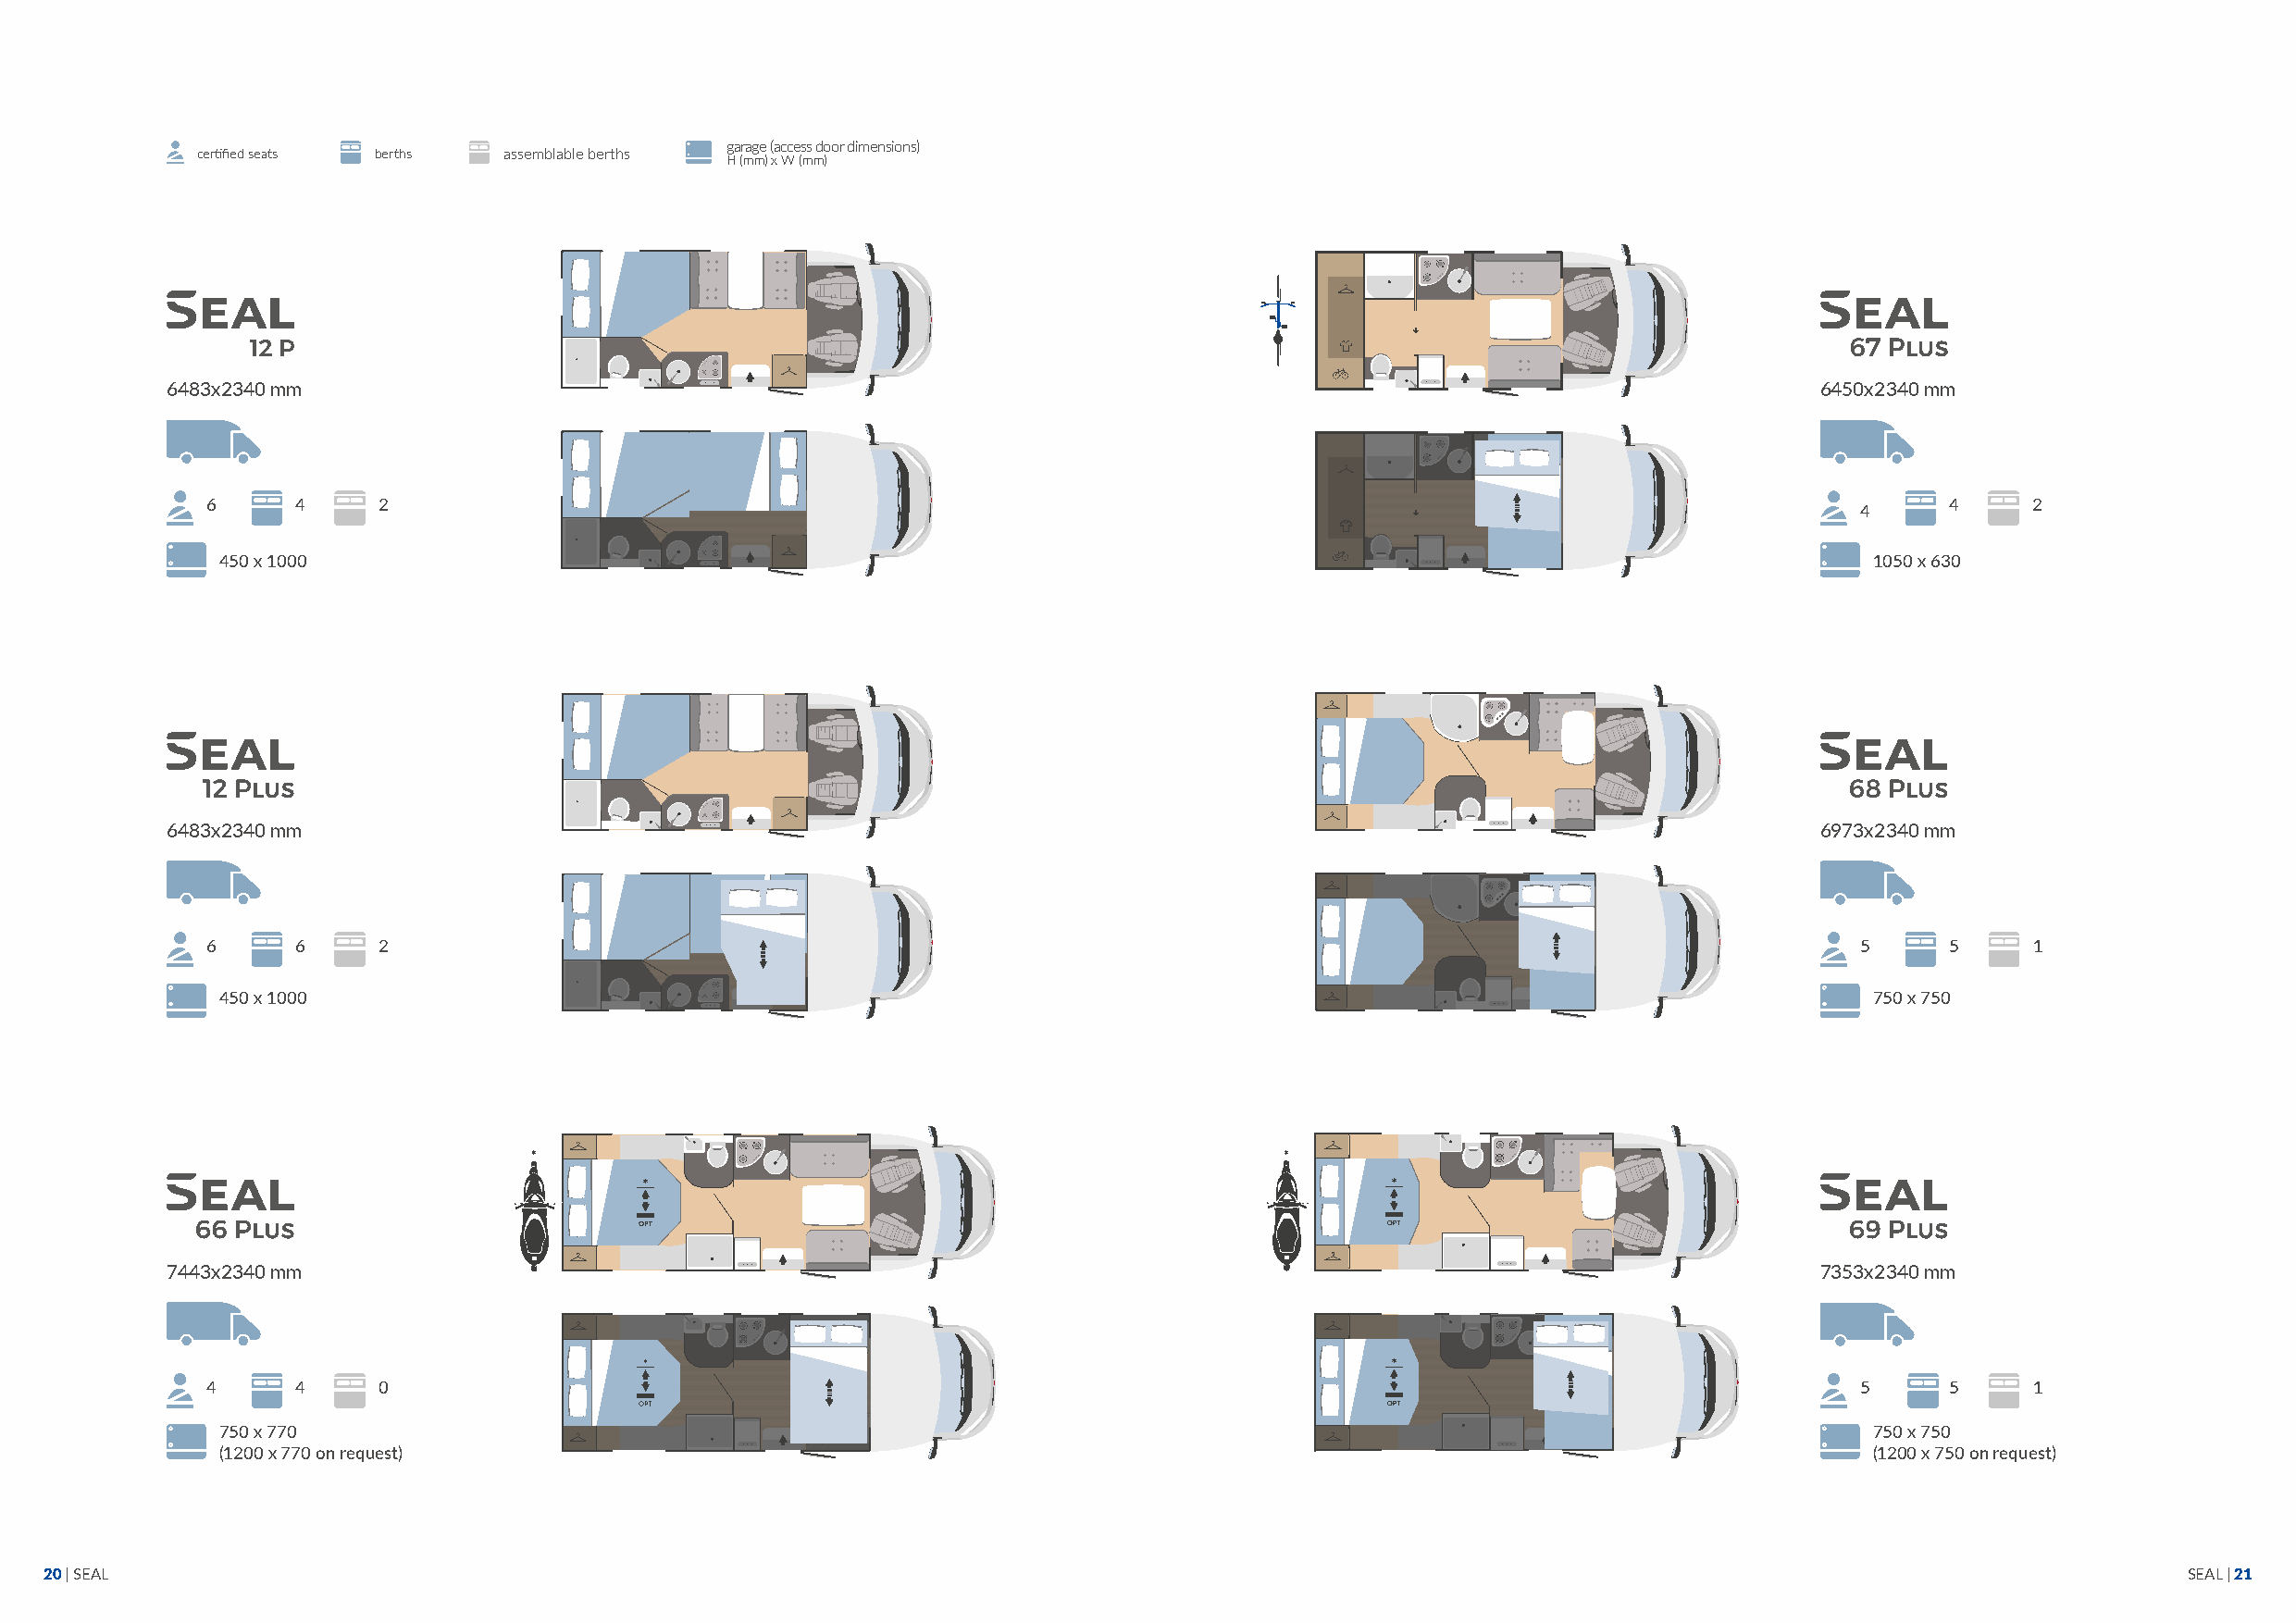
garage (access door dimensions)
 certified seats berths assemblable berths
 H (mm) x W (mm)
 6483x2340 mm                                                                                                          6450x2340 mm
 6     4     2                                                                                                               4     2
 4
 450 x 1000                                                                                                            1050 x 630
 6483x2340 mm                                                                                                          6973x2340 mm
 6     6     2                                                                                                         5     5     1
 450 x 1000                                                                                                            750 x 750
 7443x2340 mm                                                                                                          7353x2340 mm
 4     4     0                                                                                                         5     5     1
 750 x 770                                                                                                             750 x 750
 (1200 x 770 on request)                                                                                               (1200 x 750 on request)
 20 | SEAL                                                                                                                                                SEAL | 21